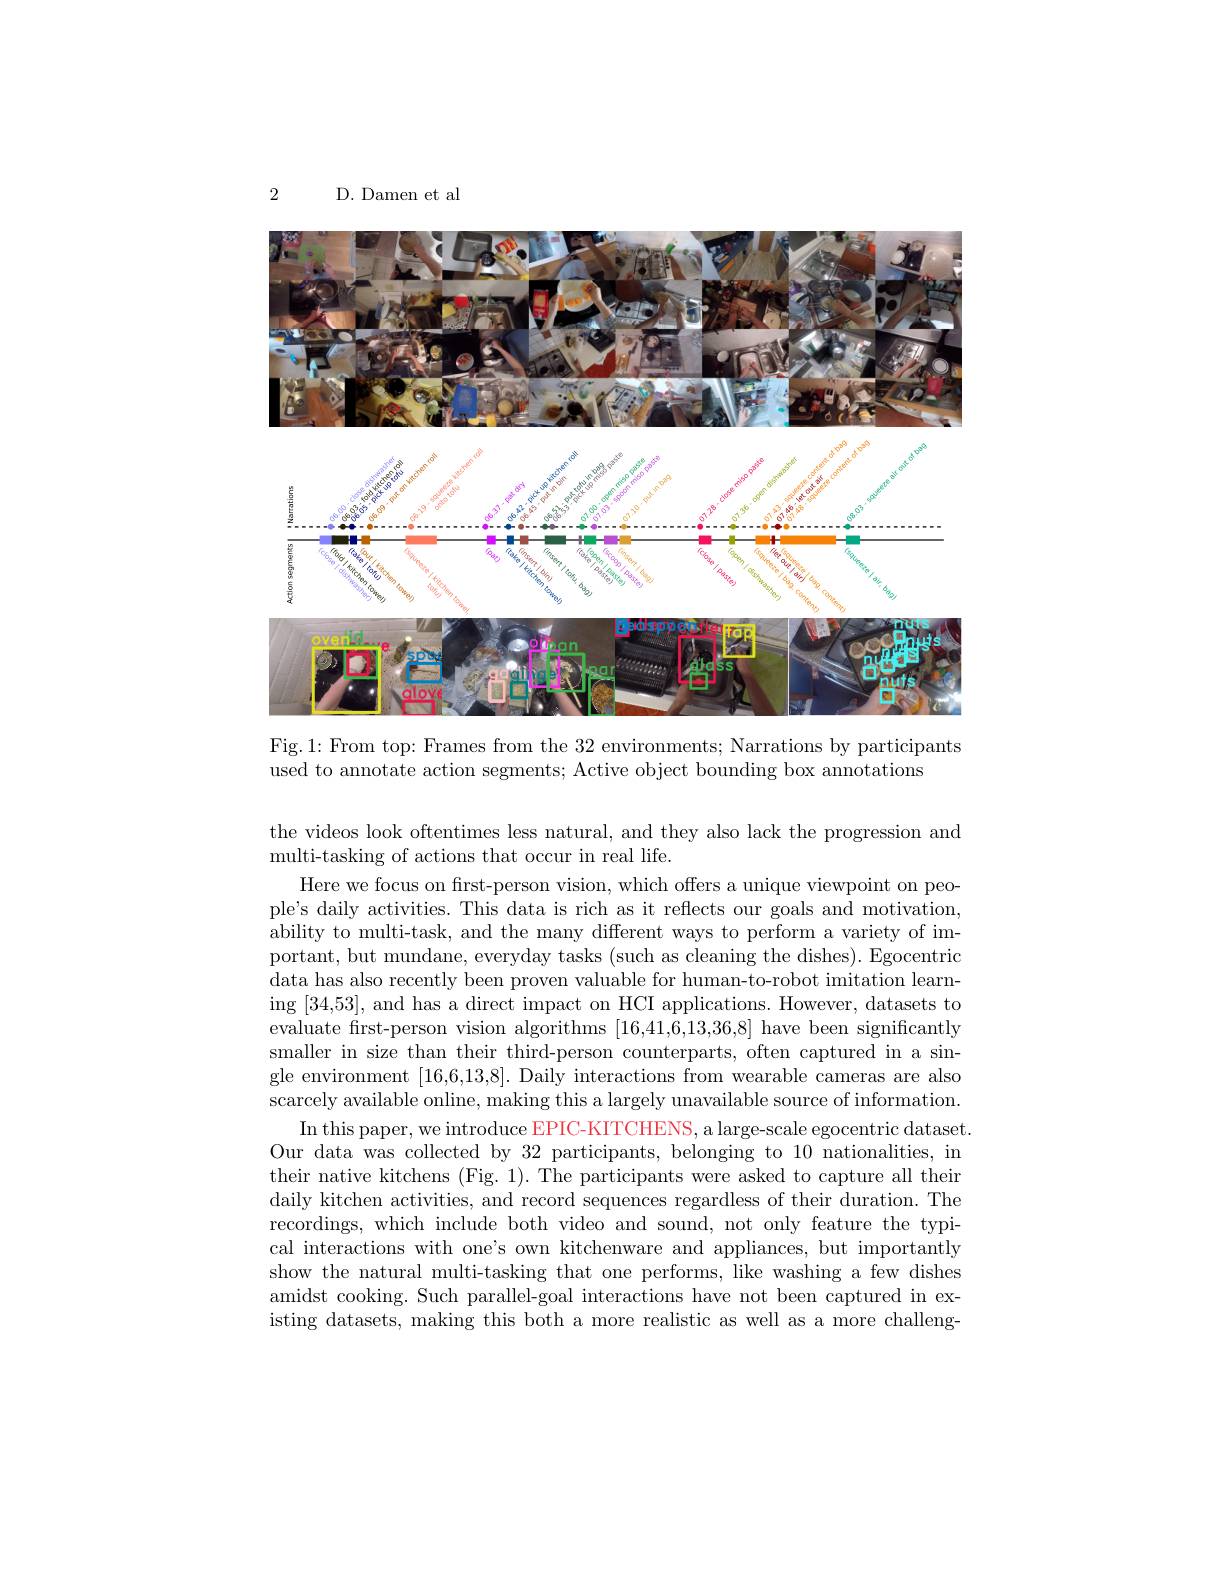
2

D. Damen et al

<FigureHere>
Fig.1: From top: Frames from the 32 environments; Narrations by participants

used to annotate action segments; Active object bounding box annotations

the videos look oftentimes less natural, and they also lack the progression and
multi-tasking of actions that occur in real life.
Here we focus on first-person vision, which offers a unique viewpoint on people's daily activities. This data is rich as it reflects our goals and motivation, ability to multi-task, and the many different ways to perform a variety of important, but mundane, everyday tasks (such as cleaning the dishes). Egocentric data has also recently been proven valuable for human-to-robot imitation learning [34,53], and has a direct impact on HCI applications. However, datasets to evaluate frst-person vision algorithms [16,41,6,13,36,8] have been significantly smaller in size than their third-person counterparts, often captured in a single environment [16,6,13,8]. Daily interactions from wearable cameras are also scarcely available online, making this a largely unavailable source of information.
In this paper, we introduce EPIC-KITCHENS, a large-scale egocentric dataset. Our data was collected by 32 participants, belonging to 10 nationalities, in their native kitchens (Fig. 1). The participants were asked to capture all their daily kitchen activities, and record sequences regardless of their duration. The recordings, which include both video and sound, not only feature the typical interactions with one's own kitchenware and appliances, but importantly show the natural multi-tasking that one performs, like washing a few dishes amidst cooking. Such parallel-goal interactions have not been captured in existing datasets, making this both a more realistic as well as a more challeng-